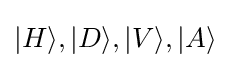
|H\rangle ,|D\rangle ,|V\rangle ,|A\rangle